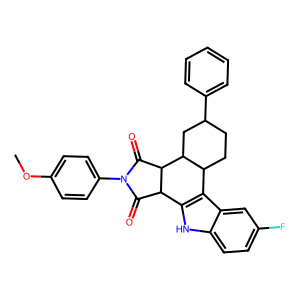
SMILES: COc1ccc(N2C(=O)C3c4[nH]c5ccc(F)cc5c4C4CCC(c5ccccc5)CC4C3C2=O)cc1
Inhibits HIV replication: No